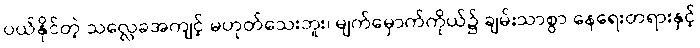
ပယ်နိုင်တဲ့ သလ္လေခအကျင့် မဟုတ်သေးဘူး၊ မျက်မှောက်ကိုယ်၌ ချမ်းသာစွာ နေရေးတရားနှင့်